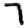
Digit: 7